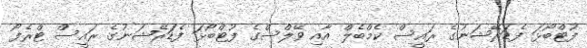
ފުޓްބޯޅަ ފެޑަރޭޝަނުގެ ރައީސް ކެމްބެލް އާއި ވޭލްސްގެ ފުޓްބޯޅަ ފެޑަަރޭޝަނުގެ ރައީސް ޓްރެފޯ